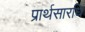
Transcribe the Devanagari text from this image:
प्रार्थसारधि